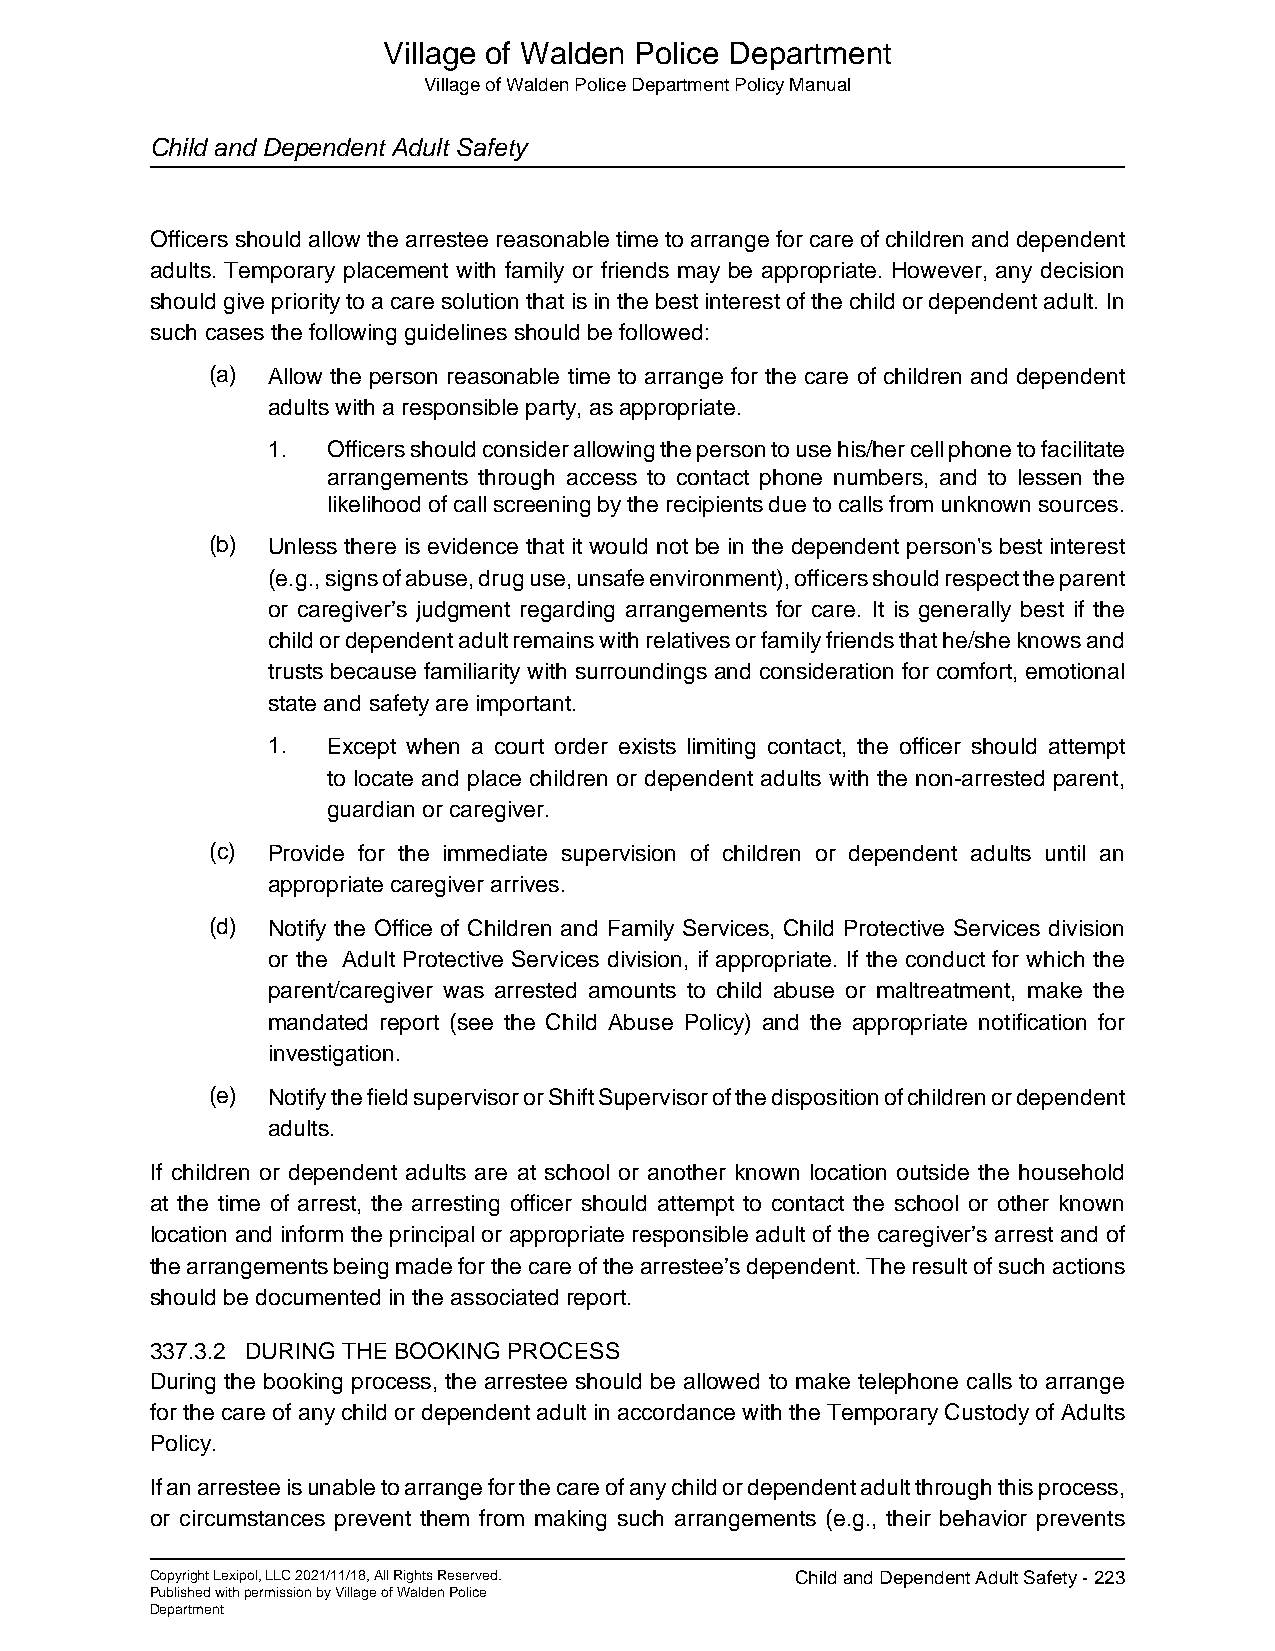
Village of Walden Police Department
 Village of Walden Police Department Policy Manual
 Child and Dependent Adult Safety
 Officers should allow the arrestee reasonable time to arrange for care of children and dependent
 adults. Temporary placement with family or friends may be appropriate. However, any decision
 should give priority to a care solution that is in the best interest of the child or dependent adult. In
 such cases the following guidelines should be followed:
 (a) Allow the person reasonable time to arrange for the care of children and dependent
 adults with a responsible party, as appropriate.
 1.  Officers should consider allowing the person to use his/her cell phone to facilitate
 arrangements through access to contact phone numbers, and to lessen the
 likelihood of call screening by the recipients due to calls from unknown sources.
 (b) Unless there is evidence that it would not be in the dependent person's best interest
 (e.g., signs of abuse, drug use, unsafe environment), officers should respect the parent
 or caregiver’s judgment regarding arrangements for care. It is generally best if the
 child or dependent adult remains with relatives or family friends that he/she knows and
 trusts because familiarity with surroundings and consideration for comfort, emotional
 state and safety are important.
 1.  Except when a court order exists limiting contact, the officer should attempt
 to locate and place children or dependent adults with the non-arrested parent,
 guardian or caregiver.
 (c) Provide for the immediate supervision of children or dependent adults until an
 appropriate caregiver arrives.
 (d) Notify the Office of Children and Family Services, Child Protective Services division
 or the Adult Protective Services division, if appropriate. If the conduct for which the
 parent/caregiver was arrested amounts to child abuse or maltreatment, make the
 mandated report (see the Child Abuse Policy) and the appropriate notification for
 investigation.
 (e) Notify the field supervisor or Shift Supervisor of the disposition of children or dependent
 adults.
 If children or dependent adults are at school or another known location outside the household
 at the time of arrest, the arresting officer should attempt to contact the school or other known
 location and inform the principal or appropriate responsible adult of the caregiver’s arrest and of
 the arrangements being made for the care of the arrestee’s dependent. The result of such actions
 should be documented in the associated report.
 337.3.2 DURING THE BOOKING PROCESS
 During the booking process, the arrestee should be allowed to make telephone calls to arrange
 for the care of any child or dependent adult in accordance with the Temporary Custody of Adults
 Policy.
 If an arrestee is unable to arrange for the care of any child or dependent adult through this process,
 or circumstances prevent them from making such arrangements (e.g., their behavior prevents
 Copyright Lexipol, LLC 2021/11/18, All Rights Reserved. Child and Dependent Adult Safety - 223
 Published with permission by Village of Walden Police
 Department